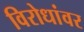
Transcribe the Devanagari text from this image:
विरोधांवर